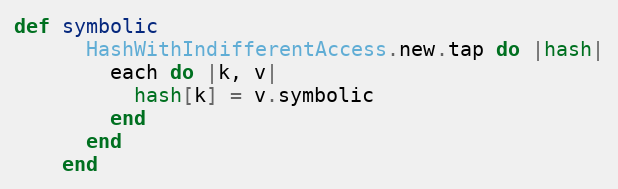
Language: Ruby
def symbolic
      HashWithIndifferentAccess.new.tap do |hash|
        each do |k, v|
          hash[k] = v.symbolic
        end
      end
    end